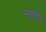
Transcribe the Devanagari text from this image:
नरुद्दिन